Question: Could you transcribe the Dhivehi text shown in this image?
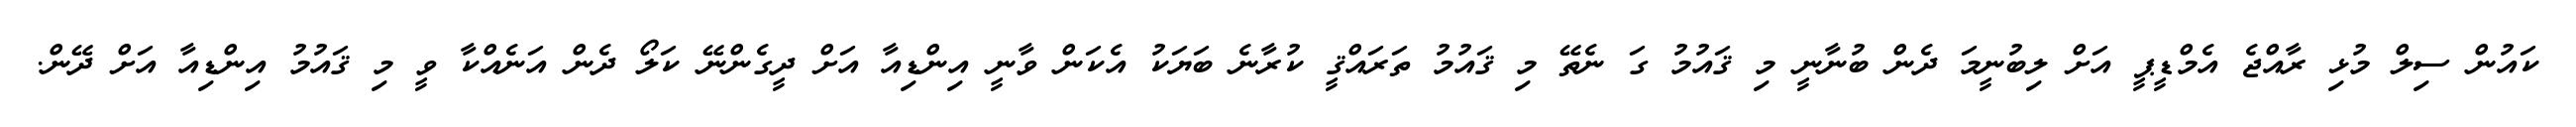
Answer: ކައުން ސިލް މުޅި ރާއްޖެ އެމްޑީޕީ އަށް ލިބުނީމަ ދެން ބުނާނީ މި ޤައުމު ގަ ނެތޭ މި ޤައުމު ތަރައްޤީ ކުރާނެ ބަޔަކު އެކަން ވާނީ އިންޑިއާ އަށް ދީގެންނޭ ކަލޯ ދެން އަނެއްކާ ވީ މި ޤައުމު އިންޑިއާ އަށް ދޭން.